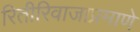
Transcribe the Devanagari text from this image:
रितीरिवाजाप्रमाणे